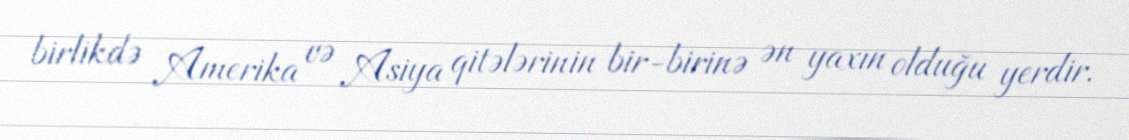
birlikdə Amerika və Asiya qitələrinin bir-birinə ən yaxın olduğu yerdir.